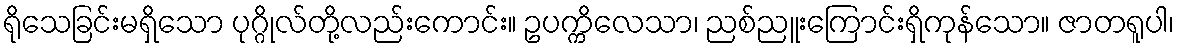
ရိုသေခြင်းမရှိသော ပုဂ္ဂိုလ်တို့လည်းကောင်း။ ဥပက္ကိလေသာ၊ ညစ်ညူးကြောင်းရှိကုန်သော။ ဇာတရူပါ၊